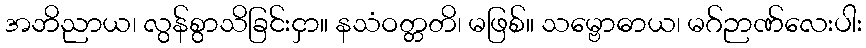
အဘိညာယ၊ လွန်စွာသိခြင်းငှာ။ နသံဝတ္တတိ၊ မဖြစ်။ သမ္ဗောဓာယ၊ မဂ်ဉာဏ်လေးပါး